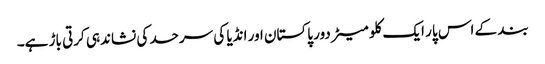
بند کے اس پار ایک کلو میٹر دور پاکستان اور انڈیا کی سرحد کی نشاندہی کرتی باڑ ہے۔